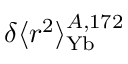
\delta \langle r ^ { 2 } \rangle _ { \mathrm { Y b } } ^ { A , 1 7 2 }